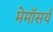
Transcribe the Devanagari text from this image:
मेमॉसर्य